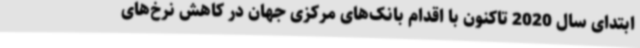
ابتدای سال 2020 تاکنون با اقدام بانک‌های مرکزی جهان در کاهش نرخ‌های